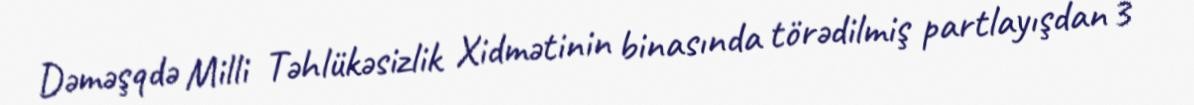
Dəməşqdə Milli Təhlükəsizlik Xidmətinin binasında törədilmiş partlayışdan 3